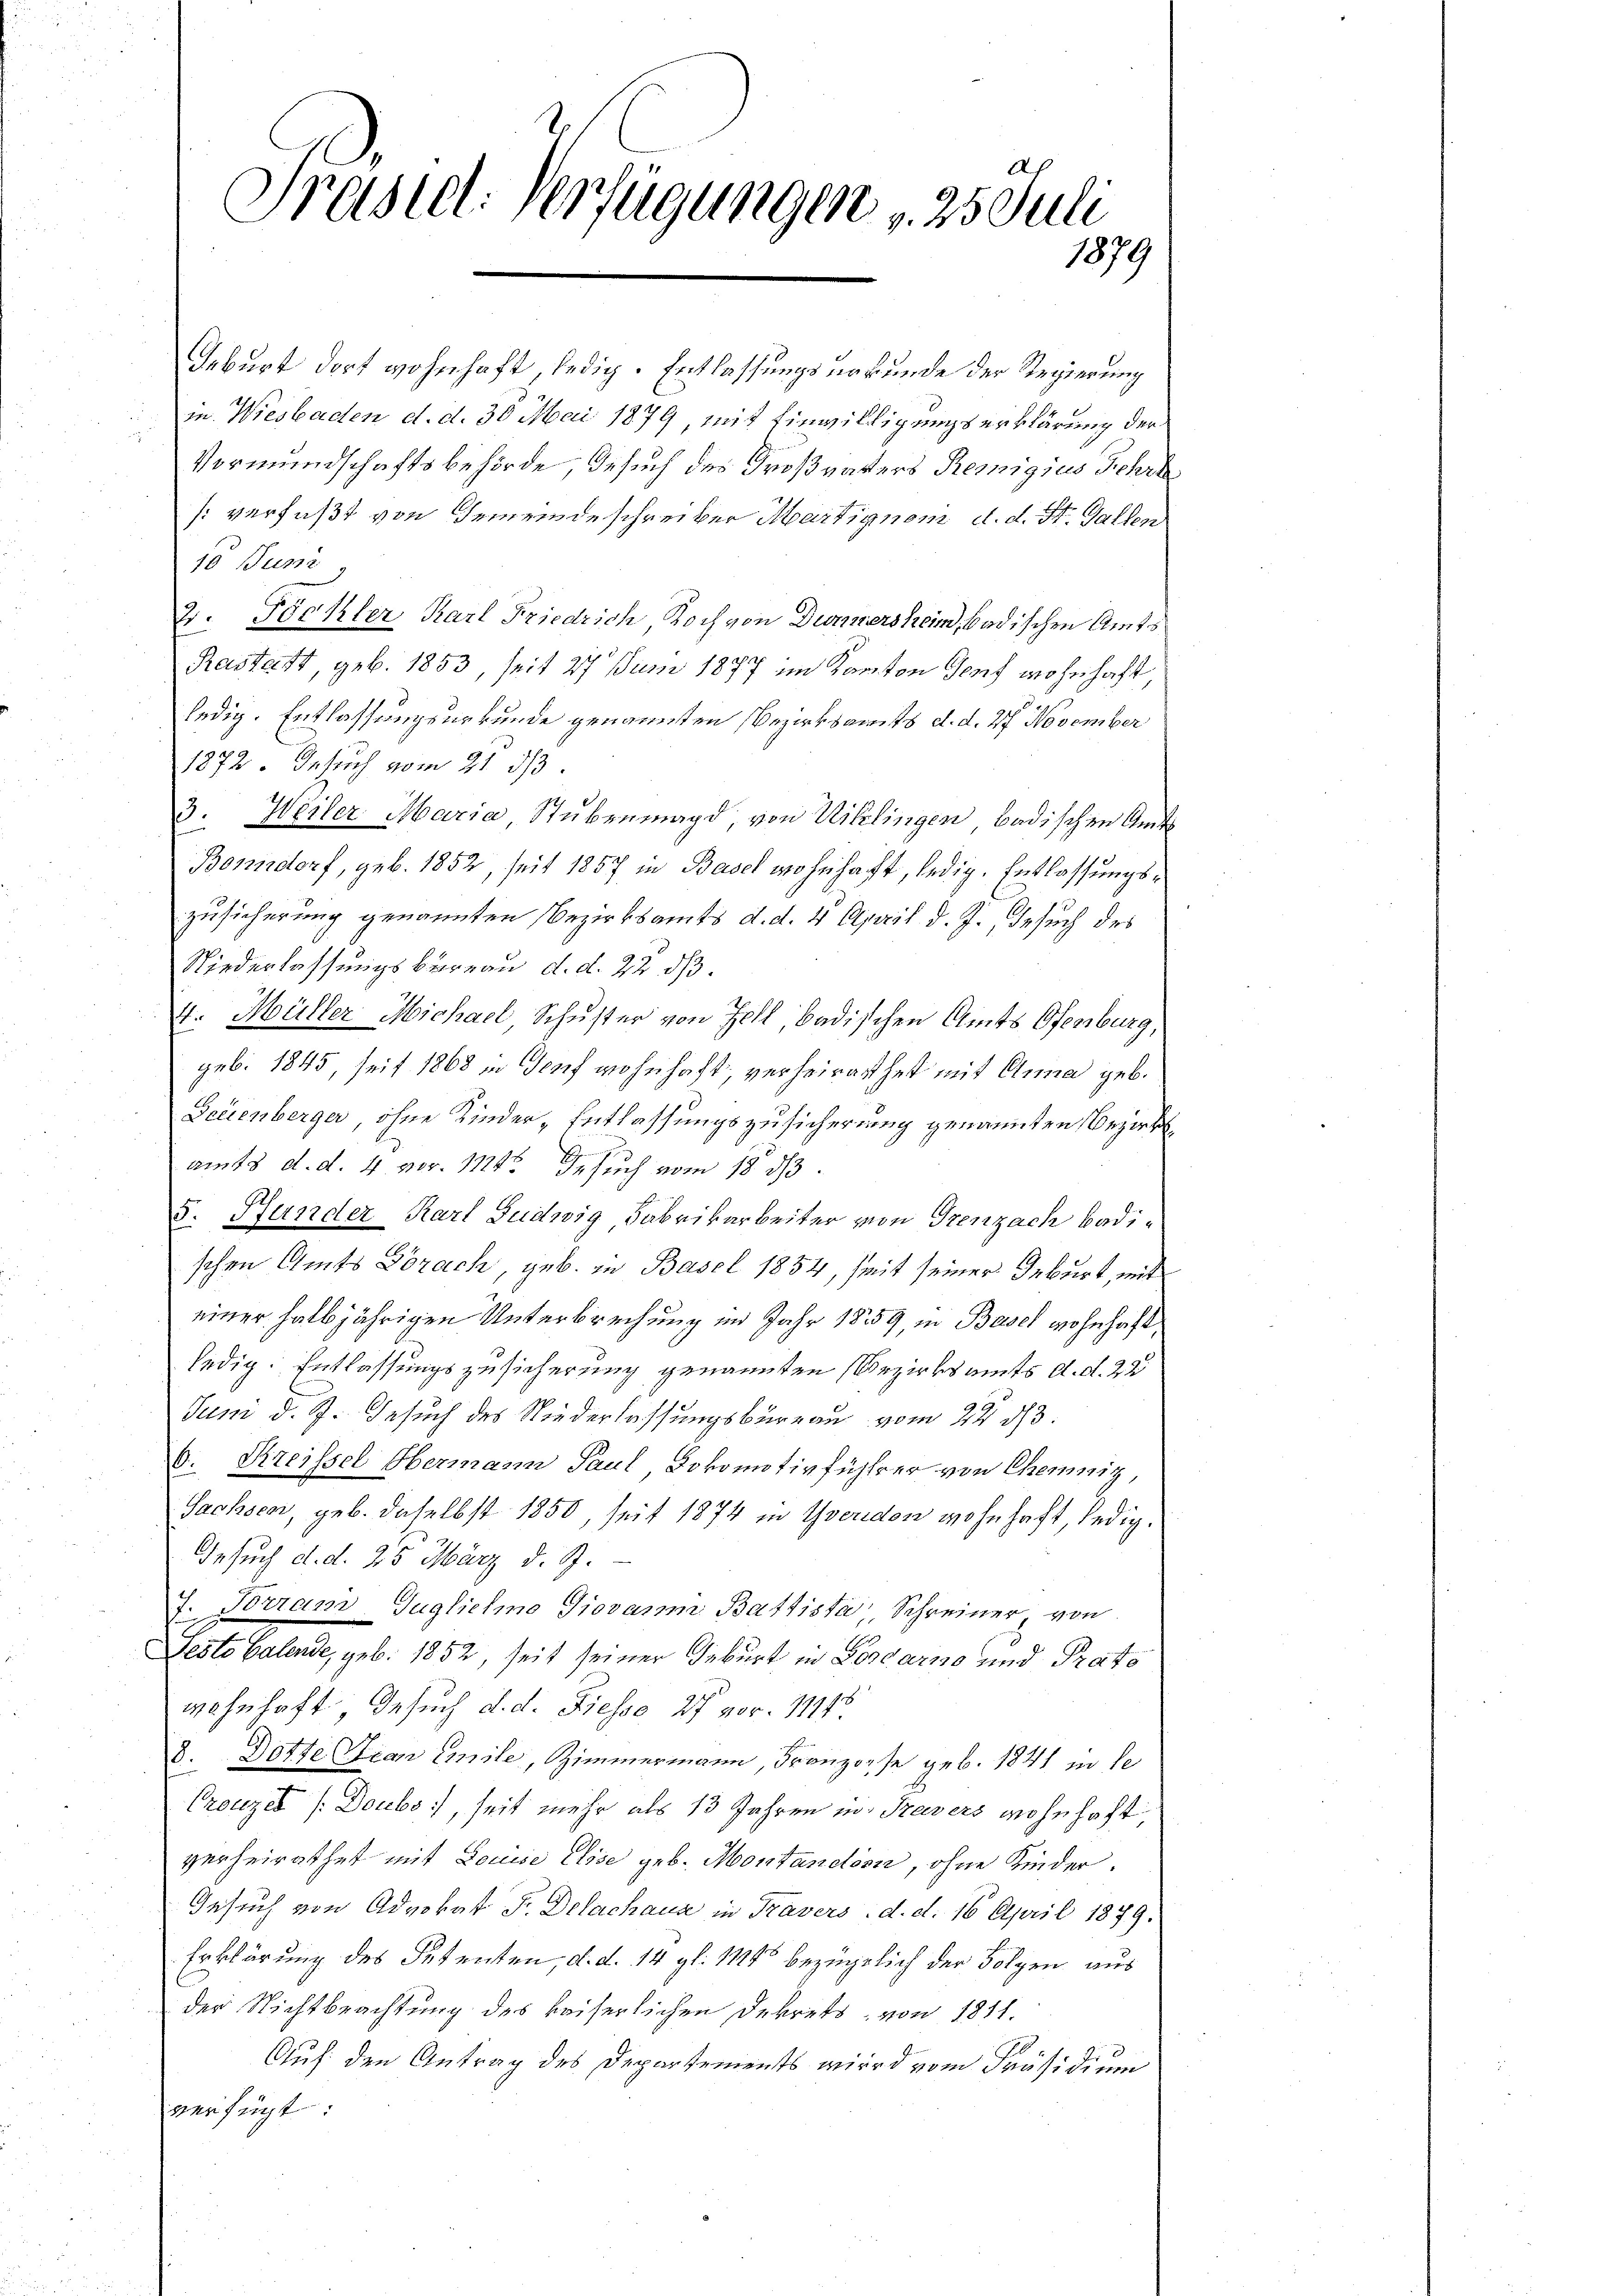
A
Präsid. Verfügungen 25 Juli
1879

Geburt dort wohnhaft, ledig. Entlassungsurkunde der Regierung
n. Wiesbaden d. d. 30 Mai 1879, mit Einwilligungserklärung der
Vormundschaftsbehörde Gesuch des Großvaters Remigius Schre
[ verfaßt von Gemeindeschreiber Martignom d. d. St. Gallen
10 Juni
2. Föckler, Karl Friedrich Koch von Dunkersheim, badischen Amts¬
Rastatt, geb. 1853, seit 27 Juni 1877 im Kanton Genf wohnhaft
ledig. Entlassungsurkunde genannten Bezirksamts d. d. 27 November
1872. Besuch vom 21. ds.
3. Weiler Maria Stubenmagd von Uiklingen badischen Amts
Bonndorf, geb. 1852, seit 1857 in Basel wohnhaft, ledig. Entlassungszusicherung genannten Bezirksamts d. d. 4 April d. J., Besuch des
Niederlassungsbureau d. d. 22. ds.
4. Müller Michael Schuster von Zell, badischen Amts Ofenburg,
geb. 1845, seit 1868 in Genf wohnhaft, verheirathet mit Anna geb.
Fedienberger, ohne Kinder Entlassungszusicherung genannten Bezirksam 18. d. d. 4. pr. 114 Gesuch vom 18. ds.
5. Hunder Karl Gudwig Fabrikarbeiter von Grenzach badischen Amts Dorach, geb. in Basel 1854, seit seiner Geburt, mit
einer halbjährigen Unterbrechung im Jahr 1859, in Basel wohnhaft,
ledig. Entlassungszusicherung genannten Bezirksamts d. d. 22
Jum d. J. Gesuch des Niederlassungsbureau vom 22. d. 3.
b. Kreissel Hermann Paul Lokomotivfühler von Chemnitz,
Sachsen, geb. daselbst 1850, seit 1874 in Yverden wohnhaft, ledig¬
Gesuch d. d. 25 März d. J.
J. Torram Guglichino Giovanm Battista Schreiner, von
Lesto Galende, geb. 1852, seit seiner Geburt in Poscarno und Prato
wohnhaft, Gesuch d. d. Fiesse 27 vor. 11443
.
Dotte Franz Emile, Zimmermann, Franzose geb. 1841 in se
Creuzes /:Doubs:/, seit mehr als 13 Jahren in Travers wohnhaft,
verheirathet mit Louise Elise geb. Montandern, ohne Kinder.
Gesuch von Advokat F. Delachaus in Travers. d. d. 16 April 1879.
Erklärung des Petenten, d. d. 14 gl. 114 bezüglich der Folgen aus
der Nichtbeachtung des kaiserlichen Dekrets, von 1811.
Auf den Antrag des Departements wird vom Präsidium
verfügt: